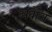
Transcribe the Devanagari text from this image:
अबौत्त